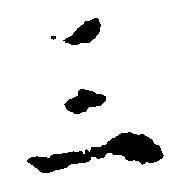
三